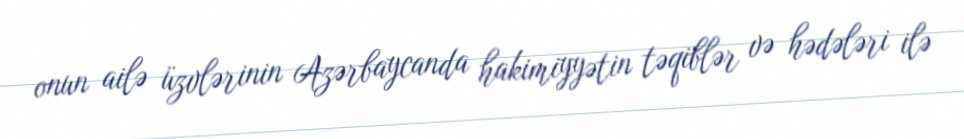
onun ailə üzvlərinin Azərbaycanda hakimiyyətin təqiblər və hədələri ilə